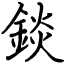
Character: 錟